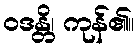
ဝဒန္တိ၊ ကုန်၏။